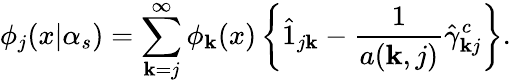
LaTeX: \phi_{j}(x|\alpha_{s})=\sum_{\mathbf{k}=j}^{\infty}\phi_{\mathbf{k}}(x)\left\{ \hat{{1}}_{j\mathbf{k}}-\frac{{1}}{{a(\mathbf{k},j)}}\hat{{\gamma}}_{\mathbf{k}j}^{c}\right\} .